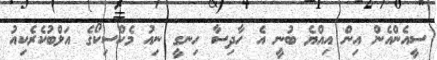
ސީއެންއެން އިން އިއްޔެ ބުނީ އެ ހާދިސާ ހިނގީ ނިއު މެކްސިކޯގެ އަލްބުކެރެކިއު